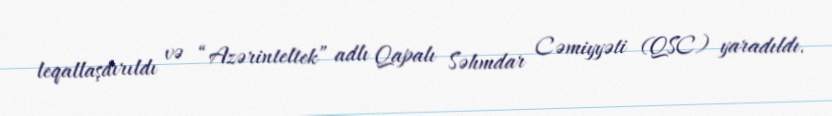
leqallaşdırıldı və “Azərinteltek” adlı Qapalı Səhmdar Cəmiyyəti (QSC) yaradıldı.